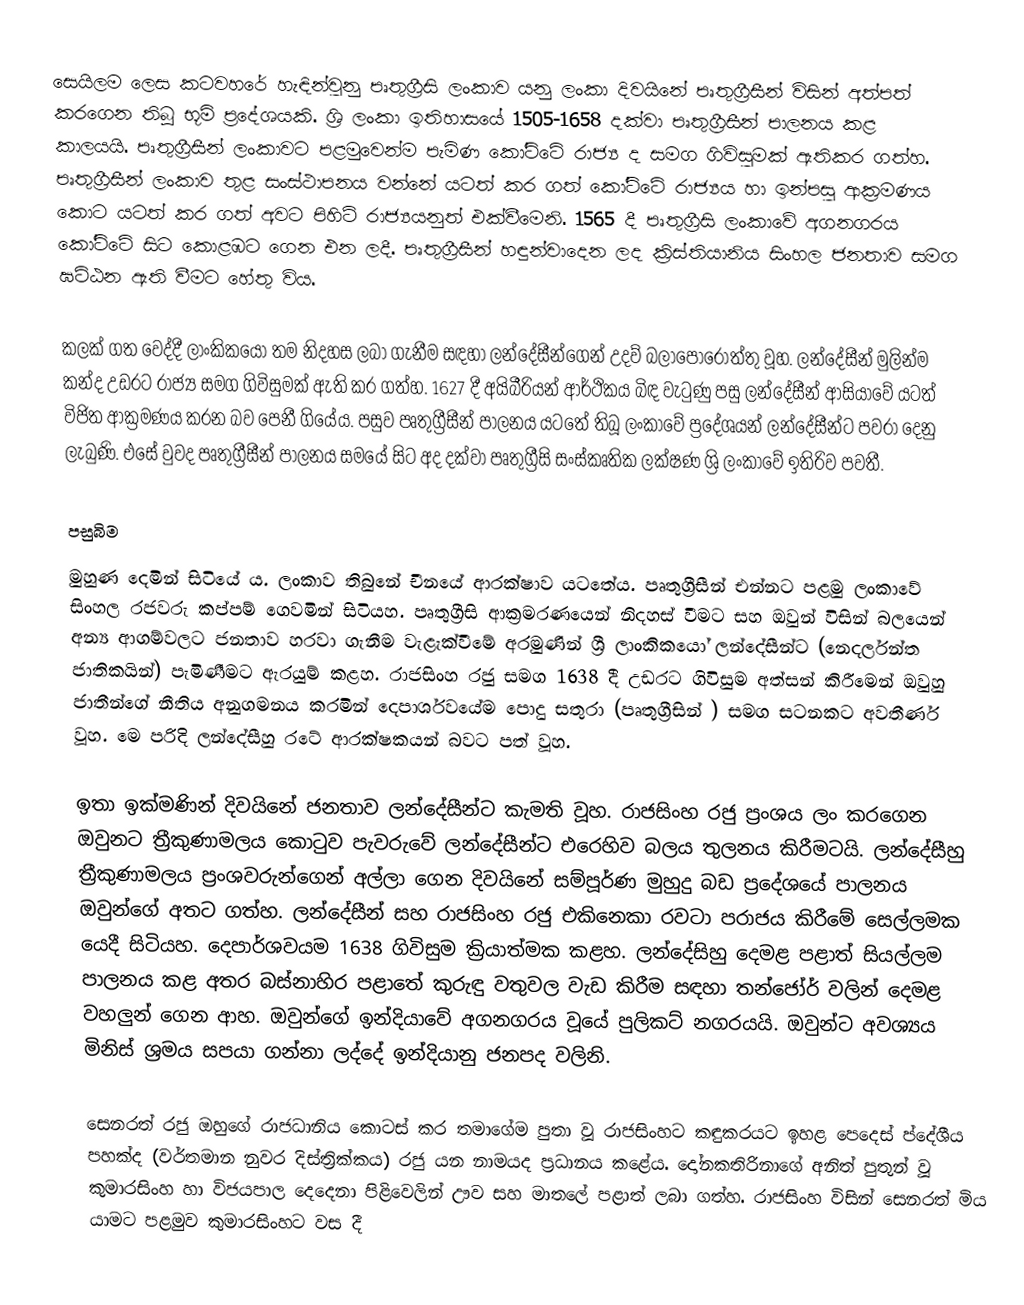
සෙයිලම ලෙස කටවහරේ හැඳින්වුනු පෘතුග්‍රීසි ලංකාව යනු ලංකා දිවයිනේ පෘතුග්‍රීසීන් විසින් අත්පත් කරගෙන තිබූ භූමි ප්‍රදේශයකි. ශ්‍රි ලංකා ඉතිහාසයේ 1505-1658 දක්වා පෘතුග්‍රීසීන් පාලනය කළ කාලයයි. පෘතුග්‍රීසීන් ලංකාවට පළමුවෙන්ම පැමිණ කෝට්ටේ රාජ්‍ය ද සමග ගිවිසුමක් ඇතිකර ගත්හ. පෘතුග්‍රීසීන් ලංකාව තුළ සංස්ථාපනය වන්නේ යටත් කර ගත් කෝට්ටේ රාජ්‍යය හා ඉන්පසු ආක්‍රමණය කොට යටත් කර ගත් අවට පිහිටි රාජ්‍යයනුත් එක්වීමෙනි. 1565 දී පෘතුග්‍රීසි ලංකාවේ අගනගරය කෝට්ටේ සිට කොළඹට ගෙන එන ලදී. පෘතුග්‍රීසීන් හඳුන්වාදෙන ලද ක්‍රිස්තියානිය සිංහල ජනතාව සමග ඝට්ඨන ඇති වීමට හේතු විය.

කලක් ගත වෙද්දී ලාංකිකයෝ තම නිදහස ලබා ගැනීම සඳහා ලන්දේසීන්ගෙන් උදව් බලාපොරොත්තු වූහ. ලන්දේසීන් මුලින්ම කන්ද උඩරට රාජ්‍ය සමග ගිවිසුමක් ඇති කර ගත්හ. 1627 දී අයිබීරියන් ආර්ථිකය බිඳ වැටුණු පසු ලන්දේසීන් ආසියාවේ යටත් විජිත ආක්‍රමණය කරන බව පෙනී ගියේය. පසුව පෘතුග්‍රීසීන් පාලනය යටතේ තිබූ ලංකාවේ ප්‍රදේශයන් ලන්දේසීන්ට පවරා දෙනු ලැබුණි. එසේ වුවද පෘතුග්‍රීසීන්  පාලනය සමයේ සිට අද දක්වා පෘතුග්‍රීසි සංස්කෘතික ලක්ෂණ ශ්‍රි ලංකාවේ ඉතිරිව පවතී.

පසුබිම
මුහුණ දෙමින් සිටියේ ය. ලංකාව තිබුනේ චීනයේ ආරක්ෂාව යටතේය. පෘතුග්‍රීසීන් එන්නට පළමු ලංකාවේ සිංහල රජවරු කප්පම් ගෙවමින් සිටියහ. පෘතුග්‍රීසි ආක්‍රමරණයෙන් නිදහස් වීමට සහ ඔවුන් විසින් බලයෙන් අන්‍ය ආගම්වලට ජනතාව හරවා ගැනීම වැළැක්වීමේ අරමුණින් ශ්‍රී ලාංකිකයෝ ලන්දේසීන්ට (නෙදර්ලන්ත ජාතිකයින්) පැමිණීමට ඇරයුම් කළහ. රාජසිංහ රජු සමග 1638 දී උඩරට ගිවිසුම අත්සන් කිරීමෙන් ඔවුහු ජාතීන්ගේ නීතිය අනුගමනය කරමින් දෙපාර්ශවයේම පොදු සතුරා (පෘතුග්‍රීසින් ) සමග සටනකට අවතීර්ණ වූහ. මෙ පරිදි ලන්දේසීහු රටේ ආරක්ෂකයන් බවට පත් වූහ.

ඉතා ඉක්මණින් දිවයිනේ ජනතාව ලන්දේසීන්ට කැමති වූහ. රාජසිංහ රජු ප්‍රංශය ලං කරගෙන ඔවුනට ත්‍රීකුණාමලය කොටුව පැවරුවේ ලන්දේසීන්ට එරෙහිව බලය තුලනය කිරීමටයි. ලන්දේසීහු ත්‍රීකුණාමලය ප්‍රංශවරුන්ගෙන් අල්ලා ගෙන දිවයිනේ සම්පූර්ණ මුහුදු බඩ ප්‍රදේශයේ පාලනය ඔවුන්ගේ අතට ගත්හ. ලන්දේසීන් සහ රාජසිංහ රජු එකිනෙකා රවටා පරාජය කිරීමේ සෙල්ලමක යෙදී සිටියහ. දෙපාර්ශවයම 1638 ගිවිසුම ක්‍රියාත්මක කළහ. ලන්දේසිහු දෙමළ පළාත් සියල්ලම පාලනය  කළ අතර බස්නාහිර පළාතේ කුරුඳු වතුවල වැඩ කිරීම සඳහා තන්ජෝර් වලින් දෙමළ වහලුන් ගෙන ආහ. ඔවුන්ගේ ඉන්දියාවේ අගනගරය වූයේ පුලිකට් නගරයයි. ඔවුන්ට අවශ්‍යය මිනිස් ශ්‍රමය සපයා ගන්නා ලද්දේ ඉන්දියානු ජනපද වලිනි.

සෙනරත් රජු ඔහුගේ රාජධානිය කොටස් කර තමාගේම පුතා වූ රාජසිංහට කඳුකරයට ඉහළ පෙදෙස් ප්‍දේශීය පහක්ද (වර්තමාන නුවර දිස්ත්‍රික්කය) රජු යන නාමයද ප්‍රධානය කළේය. දෝනකතිරිනාගේ අනිත් පුතුන් වූ කුමාරසිංහ හා විජයපාල දෙදෙනා පිළිවෙලින් ඌව සහ මාතලේ පළාත් ලබා ගත්හ. රාජසිංහ විසින් සෙනරත් මිය යාමට පළමුව කුමාරසිංහට වස දී